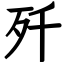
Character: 歼